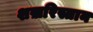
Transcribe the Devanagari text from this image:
शख़रिस्तान